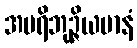
အပရိဘုဉ္ဇိယမာနံ